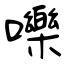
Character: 嚛